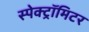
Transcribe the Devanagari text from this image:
स्पेक्ट्रॉमिटर